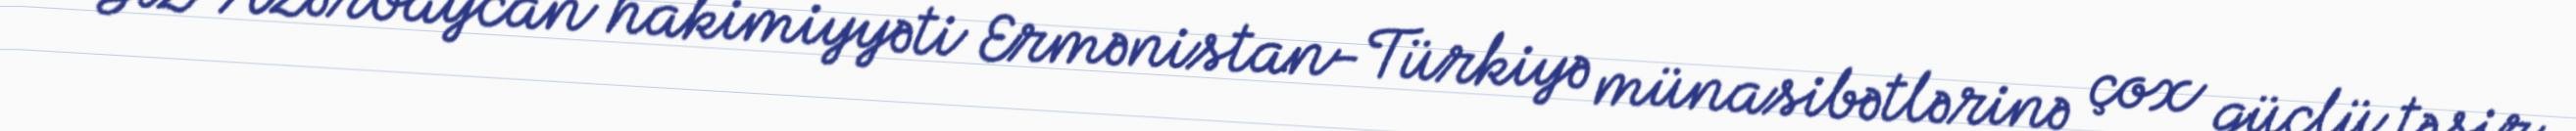
“Siz Azərbaycan hakimiyyəti Ermənistan-Türkiyə münasibətlərinə çox güclü təsir